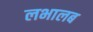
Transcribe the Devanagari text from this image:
लभालब